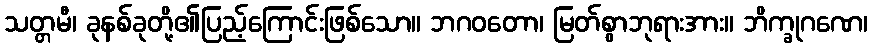
သတ္တမီ၊ ခုနစ်ခုတို့၏ပြည့်ကြောင်းဖြစ်သော။ ဘဂဝတော၊ မြတ်စွာဘုရားအား။ ဘိက္ခုဂဏေ၊